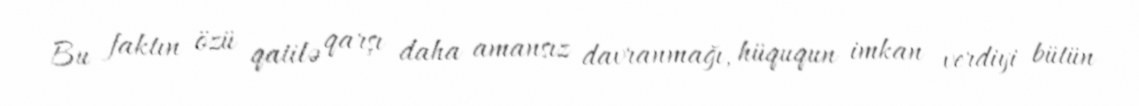
Bu faktın özü qatilə qarşı daha amansız davranmağı, hüququn imkan verdiyi bütün